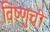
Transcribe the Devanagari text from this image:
विष्णुची